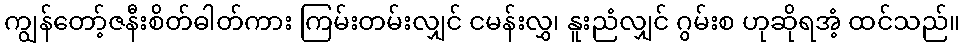
ကျွန်တော့်ဇနီးစိတ်ဓါတ်ကား ကြမ်းတမ်းလျှင် ငမန်းလွှ၊ နူးညံလျှင် ဂွမ်းစ ဟုဆိုရအံ့ ထင်သည်။